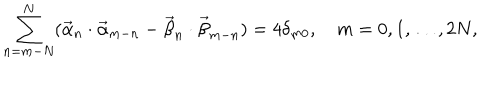
\sum _ { n = m - N } ^ { N } ( \vec { \alpha } _ { n } \cdot \vec { \alpha } _ { m - n } - \vec { \beta } _ { n } \cdot \vec { \beta } _ { m - n } ) = 4 \delta _ { m 0 } , \quad m = 0 , 1 , \dots , 2 N ,